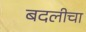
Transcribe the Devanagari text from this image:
बदलीचा